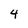
Character: 4